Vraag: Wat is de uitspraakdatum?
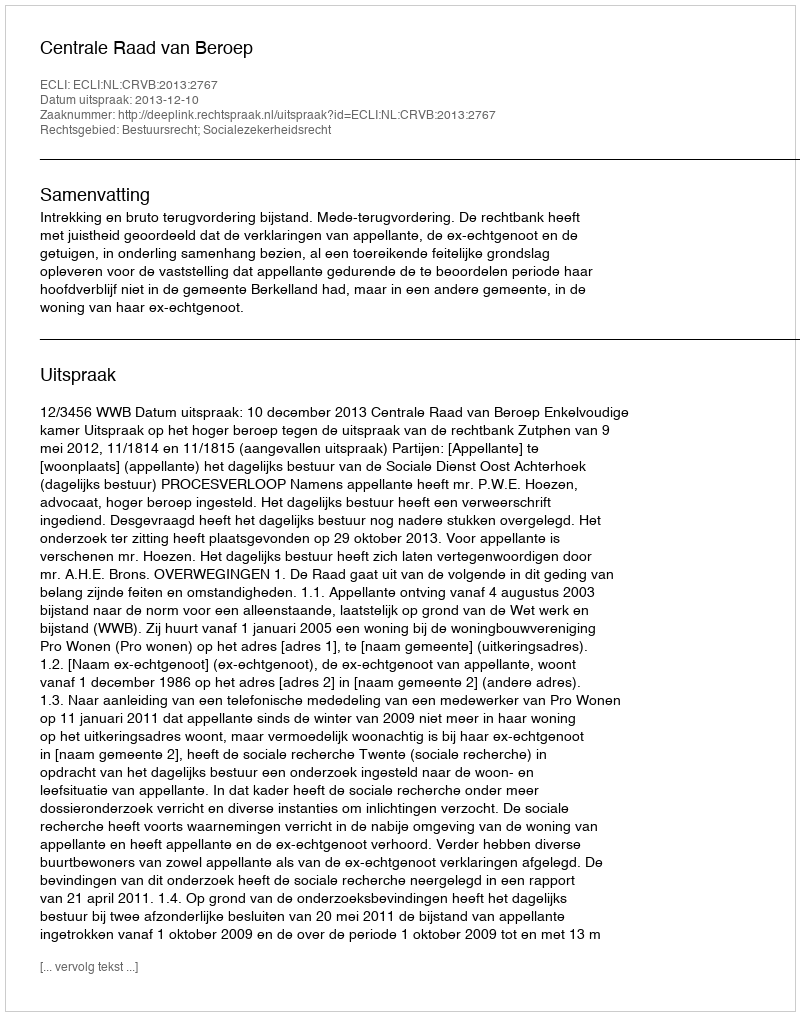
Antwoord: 2013-12-10